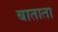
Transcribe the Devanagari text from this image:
बाताता